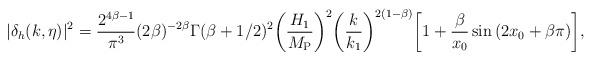
LaTeX: \begin{align*}|\delta_{h}(k, \eta)|^2 = \frac{2^{4 \beta -1}}{ \pi^3 } ( 2 \beta )^{ - 2 \beta}\Gamma(\beta + 1/2)^2 \biggl(\frac{H_1}{M_{\rm P}}\biggr)^2 \biggl(\frac{k}{k_1}\biggr)^{2(1 - \beta)} \biggl[ 1 +\frac{\beta}{ x_{0} } \sin {(2 x_0 + \beta \pi)}\biggr],\end{align*}